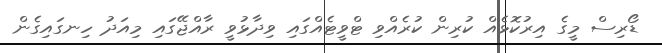
ޑޯރިސް މީގެ އިރުކޮޅެއް ކުރިން ކުރެއްވި ޓްވީޓެއްގައި ވިދާޅުވީ ރާއްޖޭގައި މިއަދު ހިނގައިގެން